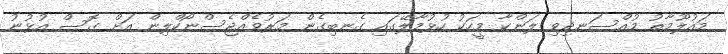
މައުލޫމާތު މުއްސަނދިވި ލަންކާ މީހަކު ހުޅުމާލޭގައި ގެނބިގެން މަރުވެއްޖެސްނޯކްލިން އަށް ގޮސް އުޅުނު